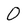
Character: 0